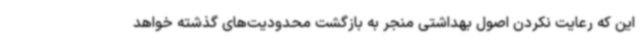
این که رعایت نکردن اصول بهداشتی منجر به بازگشت محدودیت‌های گذشته خواهد